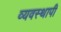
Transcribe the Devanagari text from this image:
व्यवस्थापी